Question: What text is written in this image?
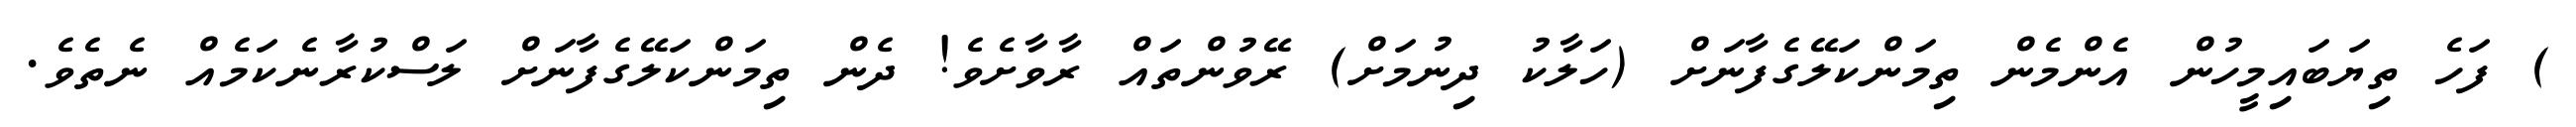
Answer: ) ފަހެ ތިޔަބައިމީހުން އެންމެން ތިމަންކަލޭގެފާނަށް (ހަލާކު ދިނުމަށް) ރޭވުންތައް ރާވާށެވެ! ދެން ތިމަންކަލޭގެފާނަށް ލަސްކުރާނެކަމެއް ނެތެވެ.